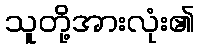
သူတို့အားလုံး၏